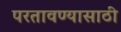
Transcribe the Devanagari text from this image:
परतावण्यासाठी